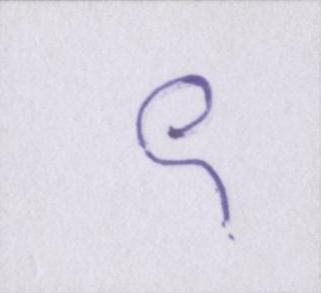
९